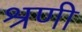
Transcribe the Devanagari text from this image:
श्रणी